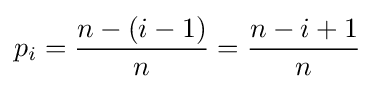
p_{i}={\frac {n-(i-1)}{n}}={\frac {n-i+1}{n}}